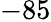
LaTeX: -85